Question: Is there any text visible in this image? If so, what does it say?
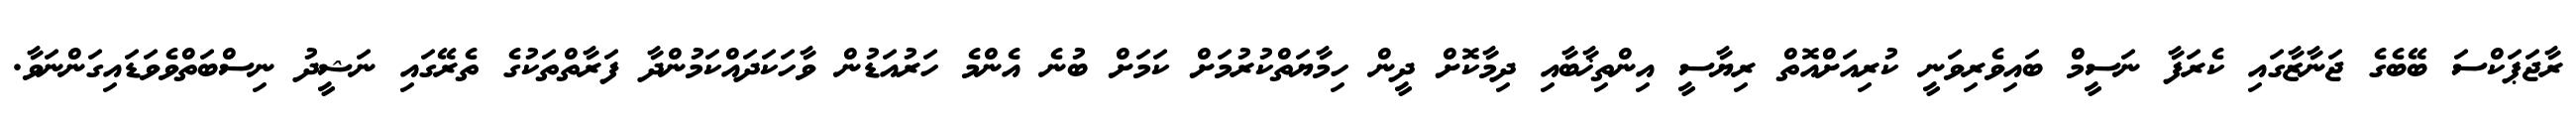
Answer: ރާޖަޕަކްސަ ބޭބެގެ ޖަނާޒާގައި ކެރަފާ ނަސީމް ބައިވެރިވަނީ ކުރިއަށްއޮތް ރިޔާސީ އިންތިޚާބާއި ދިމާކޮށް ދީން ހިމާޔަތްކުރުމަށް ކަމަށް ބުނެ އެންމެ ހަރުއަޑުން ވާހަކަދައްކަމުންދާ ފަރާތްތަކުގެ ތެރޭގައި ނަޝީދު ނިސްބަތްވެވަޑައިގަންނަވާ.